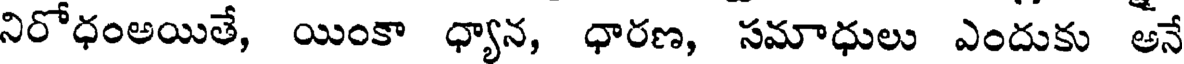
నిరోధంఅయితే, యింకా ధ్యాన, ధారణ, సమాధులు ఎందుకు అనే